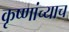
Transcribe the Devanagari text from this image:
कृष्णांच्याच